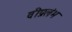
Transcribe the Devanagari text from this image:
वीप्रलंभ